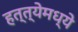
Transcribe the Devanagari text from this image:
हत्त्येमध्ये